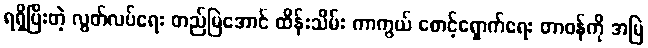
ရရှိပြီးတဲ့ လွတ်လပ်ရေး တည်မြဲအောင် ထိန်းသိမ်း ကာကွယ် စောင့်ရှောက်ရေး တာဝန်ကို အမြဲ